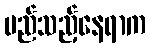
မည်သည့်နေရာက